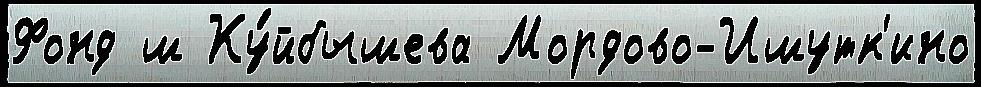
Фонд ш Ку́йбышева Мордово-Ишутк'ино